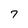
Character: 7